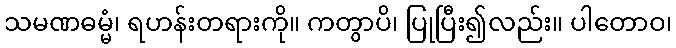
သမဏဓမ္မံ၊ ရဟန်းတရားကို။ ကတွာပိ၊ ပြုပြီး၍လည်း။ ပါတောဝ၊